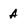
Character: A